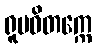
ရူပဝိတက္ကေ